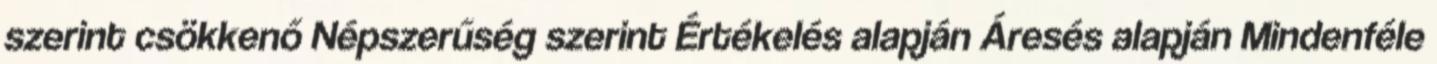
szerint csökkenő Népszerűség szerint Értékelés alapján Áresés alapján Mindenféle